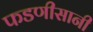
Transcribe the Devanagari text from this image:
फडणीसानी